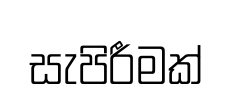
සැපිරීමක්